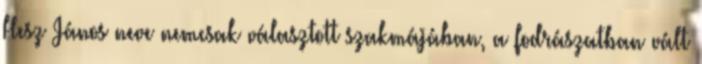
Hesz János neve nemcsak választott szakmájában, a fodrászatban vált